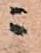
ニ